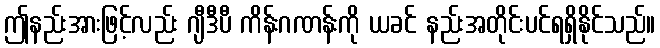
ဤနည်းအားဖြင့်လည်း ဂျီဒီပီ ကိန်းဂဏန်းကို ယခင် နည်းအတိုင်းပင်ရရှိနိုင်သည်။